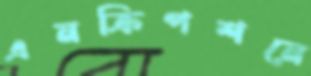
এনক্রিপশনে